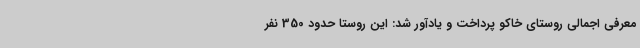
معرفی اجمالی روستای خاکو پرداخت و یادآور شد: این روستا حدود 350 نفر